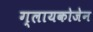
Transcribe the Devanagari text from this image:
ग्लायकोजेन